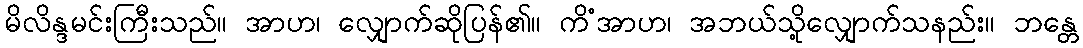
မိလိန္ဒမင်းကြီးသည်။ အာဟ၊ လျှောက်ဆိုပြန်၏။ ကိံအာဟ၊ အဘယ်သို့လျှောက်သနည်း။ ဘန္တေ